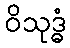
ဝိသုဒ္ဓံ